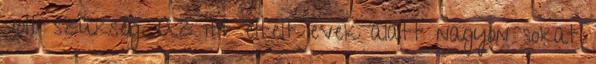
volt szükség. Az itt eltelt évek alatt nagyon sokat